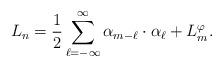
LaTeX: \begin{align*}L_n = {1\over 2} \sum_{\ell=-\infty}^\infty\alpha_{m-\ell} \cdot \alpha_\ell + L^\varphi_m .\end{align*}